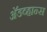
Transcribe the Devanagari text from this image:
अॅडव्हान्स